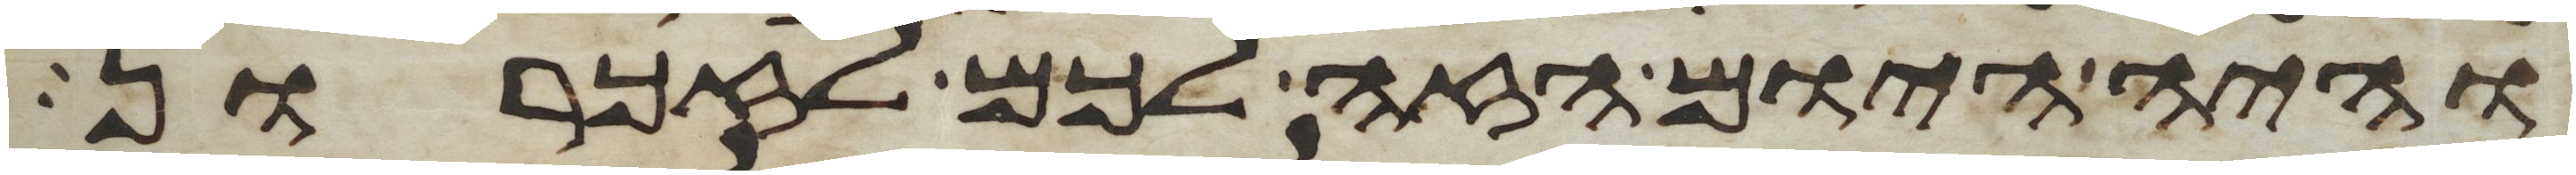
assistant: והיה היום הזה לכם לזכרון